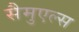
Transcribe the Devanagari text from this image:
सैमुएल्स